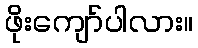
ဖိုးကျော်ပါလား။